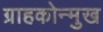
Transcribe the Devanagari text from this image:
ग्राहकोन्मुख